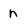
Character: n